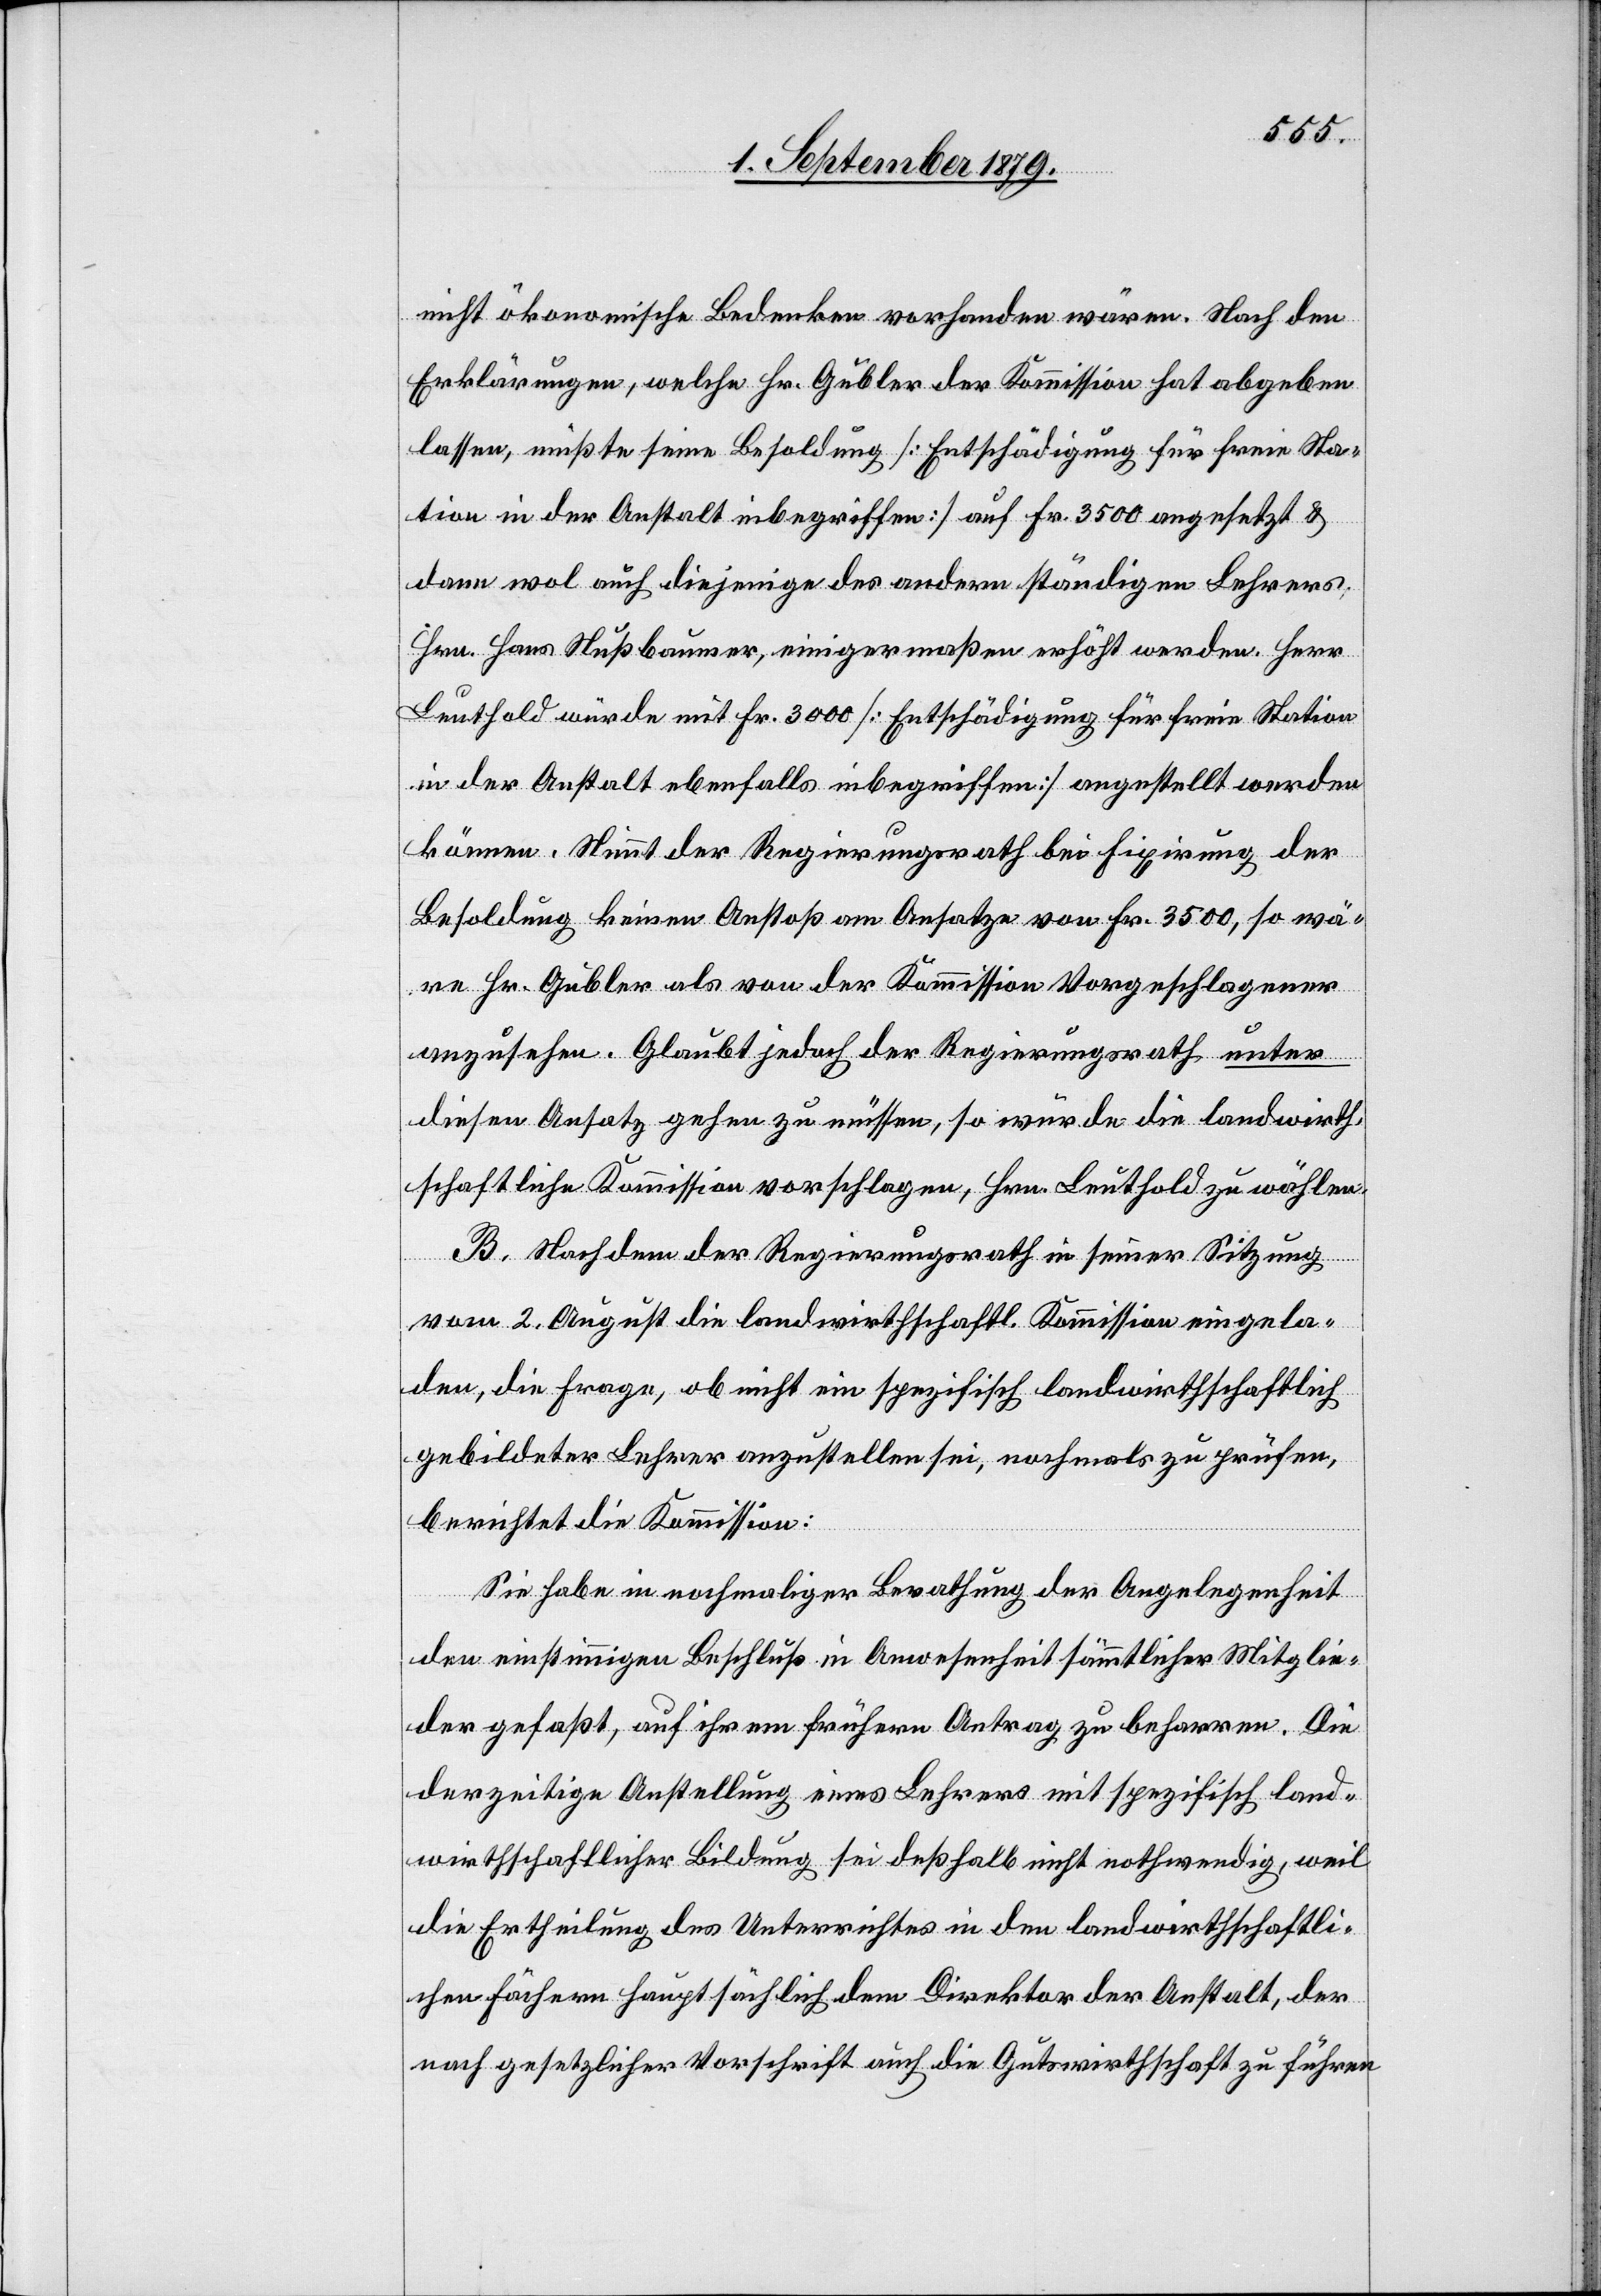
nicht ökonomische Bedenken vorhanden wären. Nach den
Erklärungen, welche Hr. Gubler der Kommission hat abgeben
lassen, müßte seine Besoldung [Entschädigung für freie Sta¬
tion in der Anstalt inbegriffen] auf Fr. 3500 angesetzt &
dann wol auch diejenige des andern ständigen Lehrers,
Hrn. Hans Nußbaumer, einigermaßen erhöht werden. Herr
Leuthold würde mit Fr. 3400 [Entschädigung für freie Station
in der Anstalt ebenfalls inbegriffen] angestellt werden
können. Nimmt der Regierungsrath bei Fixirung der
Besoldung keinen Anstoß am Ansatze von Fr. 3500, so wä¬
re Hr. Gubler als von der Kommission Vorgeschlagener
anzusehen. Glaubt jedoch der Regierungsrath unter
diesen Ansatz gehen zu müssen, so würde die landwirth¬
schaftliche Kommission vorschlagen, Hrn. Leuthold zu wählen.
B. Nachdem der Regierungsrath in seiner Sitzung
vom 2. August die landwirthschaftl. Kommission eingela¬
den, die Frage, ob nicht ein spezifisch landwirthschaftlich
gebildeter Lehrer anzustellen sei, nochmals zu prüfen,
berichtet die Kommission:
Sie habe in nochmaliger Berathung der Angelegenheit
den einstimmigen Beschluß in Anwesenheit sämmtlicher Mitglie¬
der gefaßt, auf ihrem frühern Antrag zu beharren. Die
derzeitige Anstellung eines Lehrers mit spezifisch land¬
wirthschaftlicher Bildung sei deßhalb nicht nothwendig, weil
die Ertheilung des Unterrichtes in den landwirthschaftli¬
chen Fächern hauptsächlich dem Direktor der Anstalt, der
nach gesetzlicher Vorschrift auch die Gutswirthschaft zu führen